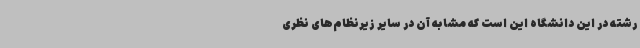
رشته در این دانشگاه این است که مشابه آن در سایر زیرنظام‌های نظری